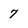
Character: 7